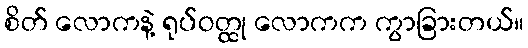
စိတ် လောကနဲ့ ရုပ်ဝတ္ထု လောကက ကွာခြားတယ်။